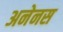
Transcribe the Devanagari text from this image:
अनेनस